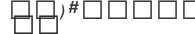
١٩